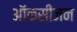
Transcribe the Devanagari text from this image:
ऑकसीजन